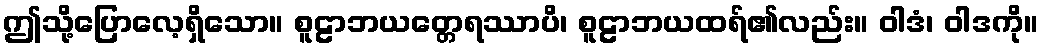
ဤသို့ပြောလေ့ရှိသော။ စူဠာဘယတ္တေရဿာပိ၊ စူဠာဘယထရ်၏လည်း။ ဝါဒံ၊ ဝါဒကို။